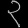
Digit: ၃